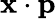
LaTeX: \mathbf{x}\cdot\mathbf{p}